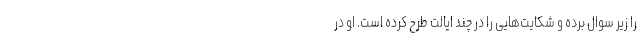
را زیر سوال برده و شکایت‌هایی را در چند ایالت طرح کرده است. او در